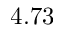
4 . 7 3